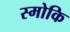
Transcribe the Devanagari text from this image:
स्मोकि